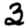
Digit: 3